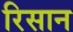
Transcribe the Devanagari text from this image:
रिसान